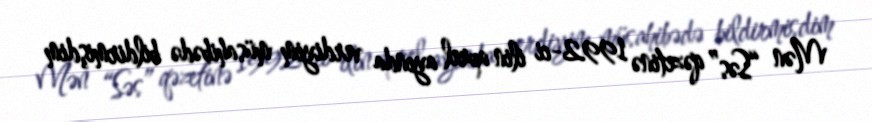
Mən “Səs” qəzetinə 1992-ci ilin aprel ayında verdiyim müsahibədə bildirmişdim